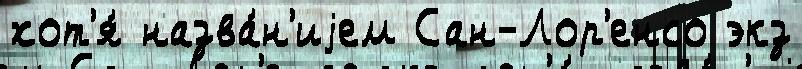
хот'я́ назва́н'иjем Сан-Лор'енсо экз